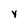
Character: y